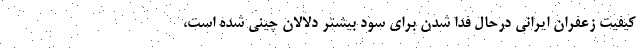
کیفیت زعفران ایرانی درحال فدا شدن برای سود بیشتر دلالان چینی شده است،